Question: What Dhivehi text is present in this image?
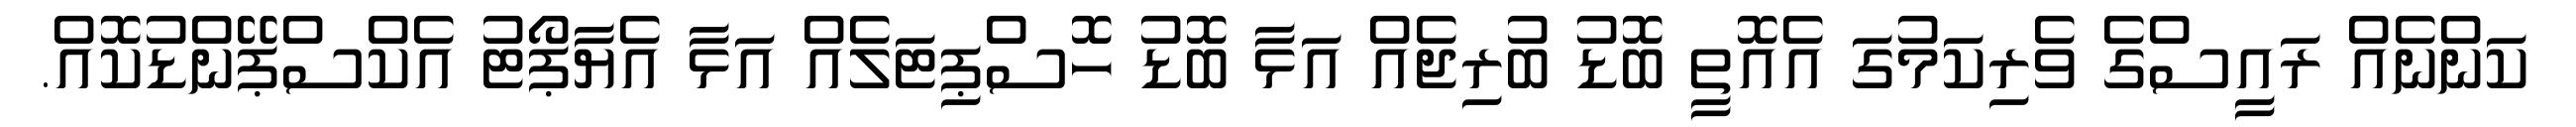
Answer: ކަންނެއް ރައީސްގެ ވެރިކަމުގަ އެއޮތީ ބޮޑު ބުރިޖެއް އަޅާ ބޮޑު ހޮސްޕިޓަލެއް އަޅާ އެޔާޕޯޓު އެކްސްޕޭންޑުކޮއް.